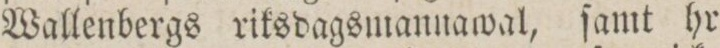
Wallenbergs riksdagsmannawal, ſamt hr